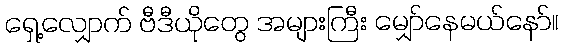
ရှေ့လျှောက် ဗီဒီယိုတွေ အများကြီး မျှော်နေမယ်နော်။